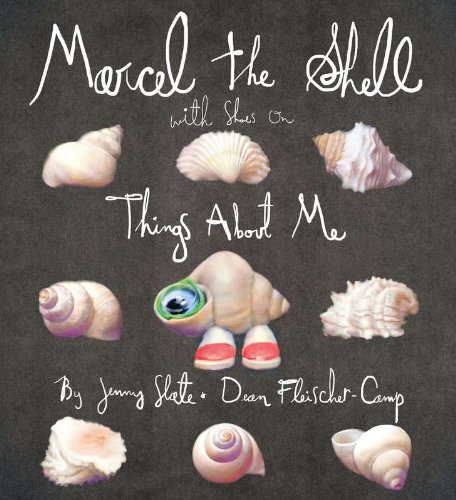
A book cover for Marcel the Shell with Shoes On: Things About Me; Jenny Slate; Children's Books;